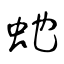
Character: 虵